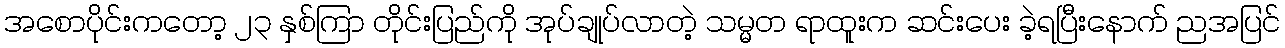
အစောပိုင်းကတော့ ၂၃ နှစ်ကြာ တိုင်းပြည်ကို အုပ်ချုပ်လာတဲ့ သမ္မတ ရာထူးက ဆင်းပေး ခဲ့ရပြီးနောက် ညအပြင်